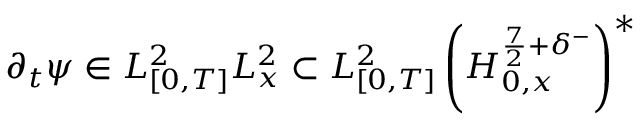
\partial _ { t } \psi \in L _ { [ 0 , T ] } ^ { 2 } L _ { x } ^ { 2 } \subset L _ { [ 0 , T ] } ^ { 2 } \left( H _ { 0 , x } ^ { \frac { 7 } { 2 } + \delta ^ { - } } \right) ^ { * }